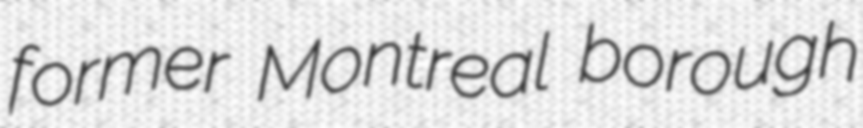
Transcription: former Montreal borough